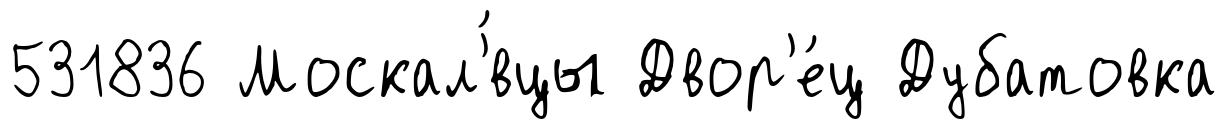
531836 Москал'́вцы Двор'е́ц Дубатовка